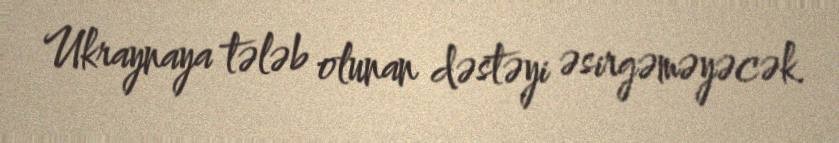
Ukraynaya tələb olunan dəstəyi əsirgəməyəcək.